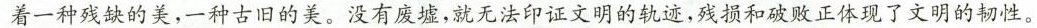
着一种残缺的美，一种古旧的美。没有废墟，就无法印证文明的轨迹，残损和破败正体现了文明的韧性。